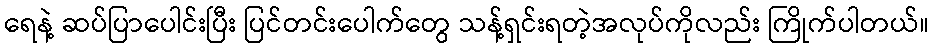
ရေနဲ့ ဆပ်ပြာပေါင်းပြီး ပြင်တင်းပေါက်တွေ သန့်ရှင်းရတဲ့အလုပ်ကိုလည်း ကြိုက်ပါတယ်။